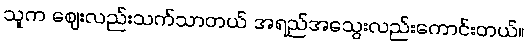
သူက ဈေးလည်းသက်သာတယ် အရည်အသွေးလည်းကောင်းတယ်။